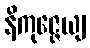
နိကုဇ္ဇေယျ